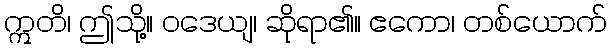
ဣတိ၊ ဤသို့။ ဝဒေယျ၊ ဆိုရာ၏။ ဧကော၊ တစ်ယောက်